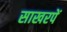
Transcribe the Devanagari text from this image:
साखरपें